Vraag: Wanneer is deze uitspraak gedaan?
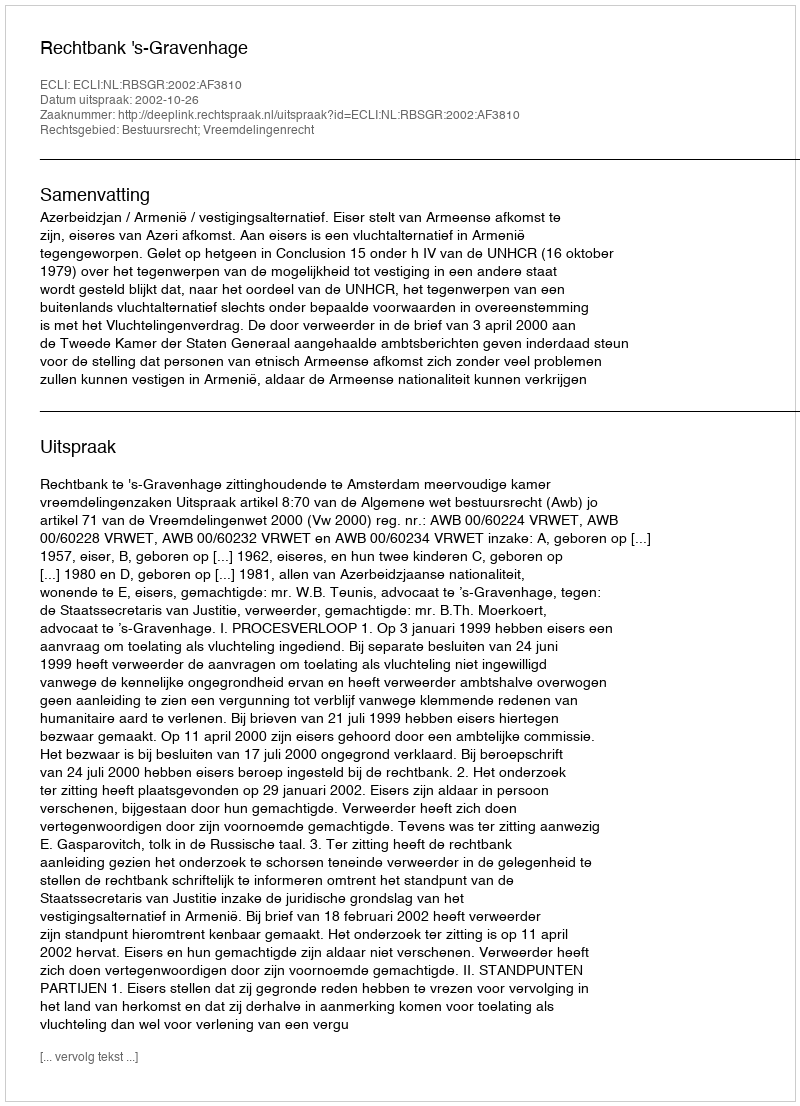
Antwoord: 2002-10-26